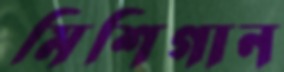
মিশিগান